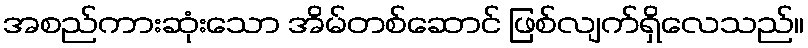
အစည်ကားဆုံးသော အိမ်တစ်ဆောင် ဖြစ်လျက်ရှိလေသည်။